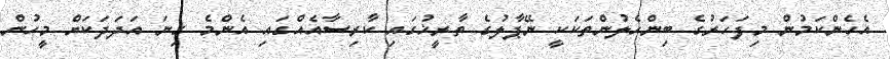
އެހެންކަމުން މިފަހަރުގެ ބިންހެލުންތަކަކީ ނޭޕާލުގެ ތާރީޚުގައި ކާރިސާއެއްގައި އެންމެ ގިނަ އަދަދަކަށް މީހުން